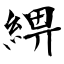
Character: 綥